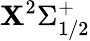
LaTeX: \mathbf{X}^{2}\Sigma_{1/2}^{+}